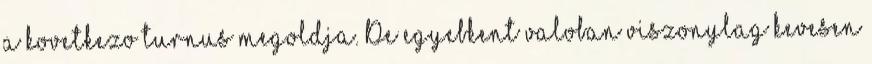
a kovetkezo turnus megoldja. De egyebkent valoban viszonylag kevesen